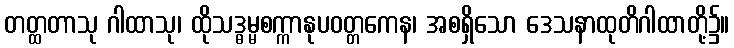
တတ္ထတာသု ဂါထာသု၊ ထိုသဒ္ဓမ္မစက္ကာနုပဝတ္တကေန၊ အစရှိသော ဒေသနာထုတိဂါထာတို့၌။